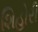
શિહોરી